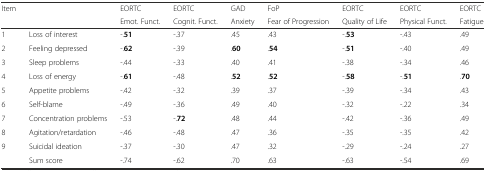
| <ROWSPAN=2> Item | <ROWSPAN=2>  | EORTC | EORTC | GAD | FoP | EORTC | EORTC | EORTC |
 | Emot. Funct. | Cognit. Funct. | Anxiety | Fear of Progression | Quality of Life | Physical Funct. | Fatigue |
 | --- | --- | --- | --- | --- | --- | --- | --- | --- |
 | 1 | Loss of interest | -.51 | -.37 | .45 | .43 | -.53 | -.43 | .49 |
 | 2 | Feeling depressed | -.62 | -.39 | .60 | .54 | -.51 | -.40 | .49 |
 | 3 | Sleep problems | -.44 | -.33 | .40 | .41 | -.38 | -.34 | .46 |
 | 4 | Loss of energy | -.61 | -.48 | .52 | .52 | -.58 | -.51 | .70 |
 | 5 | Appetite problems | -.42 | -.32 | .39 | .37 | -.39 | -.34 | .43 |
 | 6 | Self-blame | -.49 | -.36 | .49 | .40 | -.32 | -.22 | .34 |
 | 7 | Concentration problems | -.53 | -.72 | .48 | .44 | -.42 | -.36 | .49 |
 | 8 | Agitation/retardation | -.46 | -.48 | .47 | .36 | -.35 | -.35 | .42 |
 | 9 | Suicidal ideation | -.37 | -.30 | .47 | .32 | -.29 | -.24 | .27 |
 |  | Sum score | -.74 | -.62 | .70 | .63 | -.63 | -.54 | .69 |